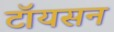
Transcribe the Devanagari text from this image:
टॉयसन